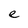
Character: e